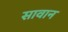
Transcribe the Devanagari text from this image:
सावान